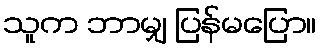
သူက ဘာမျှ ပြန်မပြော။